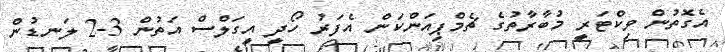
އެގޮތުން ވިކްޓަރީ މުބާރާތުގެ ޗެމްޕިއަންކަން އެފަރު ހޯދީ އީގަލްސް އަތުން 3-2 ލަނޑުން